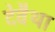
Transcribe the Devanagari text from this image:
देवैथा